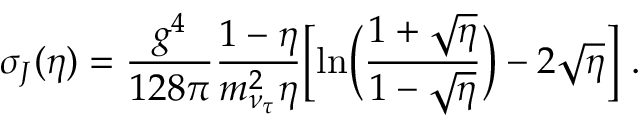
\sigma _ { J } ( \eta ) = \frac { g ^ { 4 } } { 1 2 8 \pi } \frac { 1 - \eta } { m _ { \nu _ { \tau } } ^ { 2 } \eta } \Bigl [ \ln \Bigl ( \frac { 1 + \sqrt { \eta } } { 1 - \sqrt { \eta } } \Bigr ) - 2 \sqrt { \eta } \Bigr ] ~ .